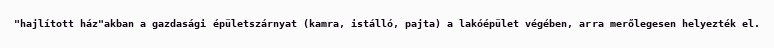
"hajlított ház"akban a gazdasági épületszárnyat (kamra, istálló, pajta) a lakóépület végében, arra merőlegesen helyezték el.